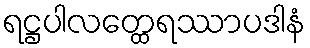
ရဋ္ဌပါလတ္ထေရဿာပဒါနံ